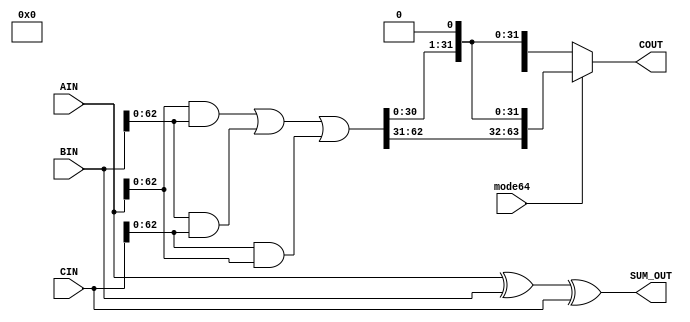
`timescale 1ns/100ps

module  CSA64(
    input mode64,
    input [63:0] AIN,
    input [63:0] BIN,
    input [63:0] CIN,
    output [63:0]   SUM_OUT,
    output [63:0]   COUT
);

wire [63:0] full_carry;
assign full_carry = ((AIN & BIN) | (BIN & CIN) | (CIN & AIN)) << 1;

assign SUM_OUT = AIN ^ BIN ^ CIN;
assign COUT = mode64 ? full_carry : {32'b0, full_carry[31:0]};

endmodule